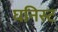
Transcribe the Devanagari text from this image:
घनिस्ट